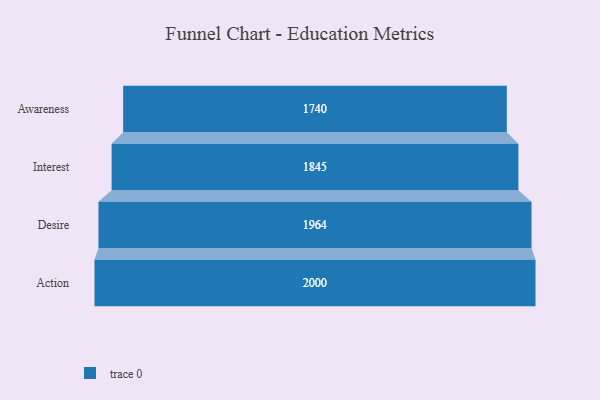
{"axis": {"x": "Stage", "y": "Value"}, "legend": [""], "data": [{"x": "Awareness", "y": 1740.0, "type": ""}, {"x": "Interest", "y": 1845.0, "type": ""}, {"x": "Desire", "y": 1964.0, "type": ""}, {"x": "Action", "y": 2000, "type": ""}]}